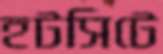
হটসিটে